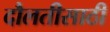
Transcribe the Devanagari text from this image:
दौलतीसाठी